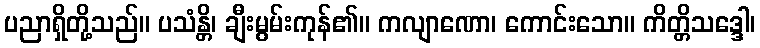
ပညာရှိတို့သည်။ ပသံန္တိ၊ ချီးမွမ်းကုန်၏။ ကလျာဏော၊ ကောင်းသော။ ကိတ္တိသဒ္ဒေါ၊